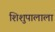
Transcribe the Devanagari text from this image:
शिशुपालाला